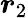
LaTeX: {\boldsymbol{r}}_{2}